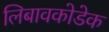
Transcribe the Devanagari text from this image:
लिबावकोडेक